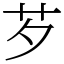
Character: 芕